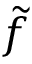
\tilde { f }